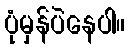
ပုံမှန်ပဲနေပါ။